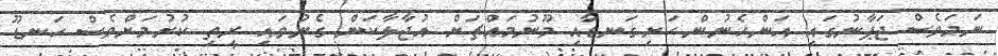
ނަމަވެސް ޖަޕާނުގައި އަންހެނުން ހަށިގަނޑާއި މޫނުމައްޗަށް އުޖާލާކަން ގެނުވައި ރީތި ކުރުމަށްވެސް ހަނޑޫ